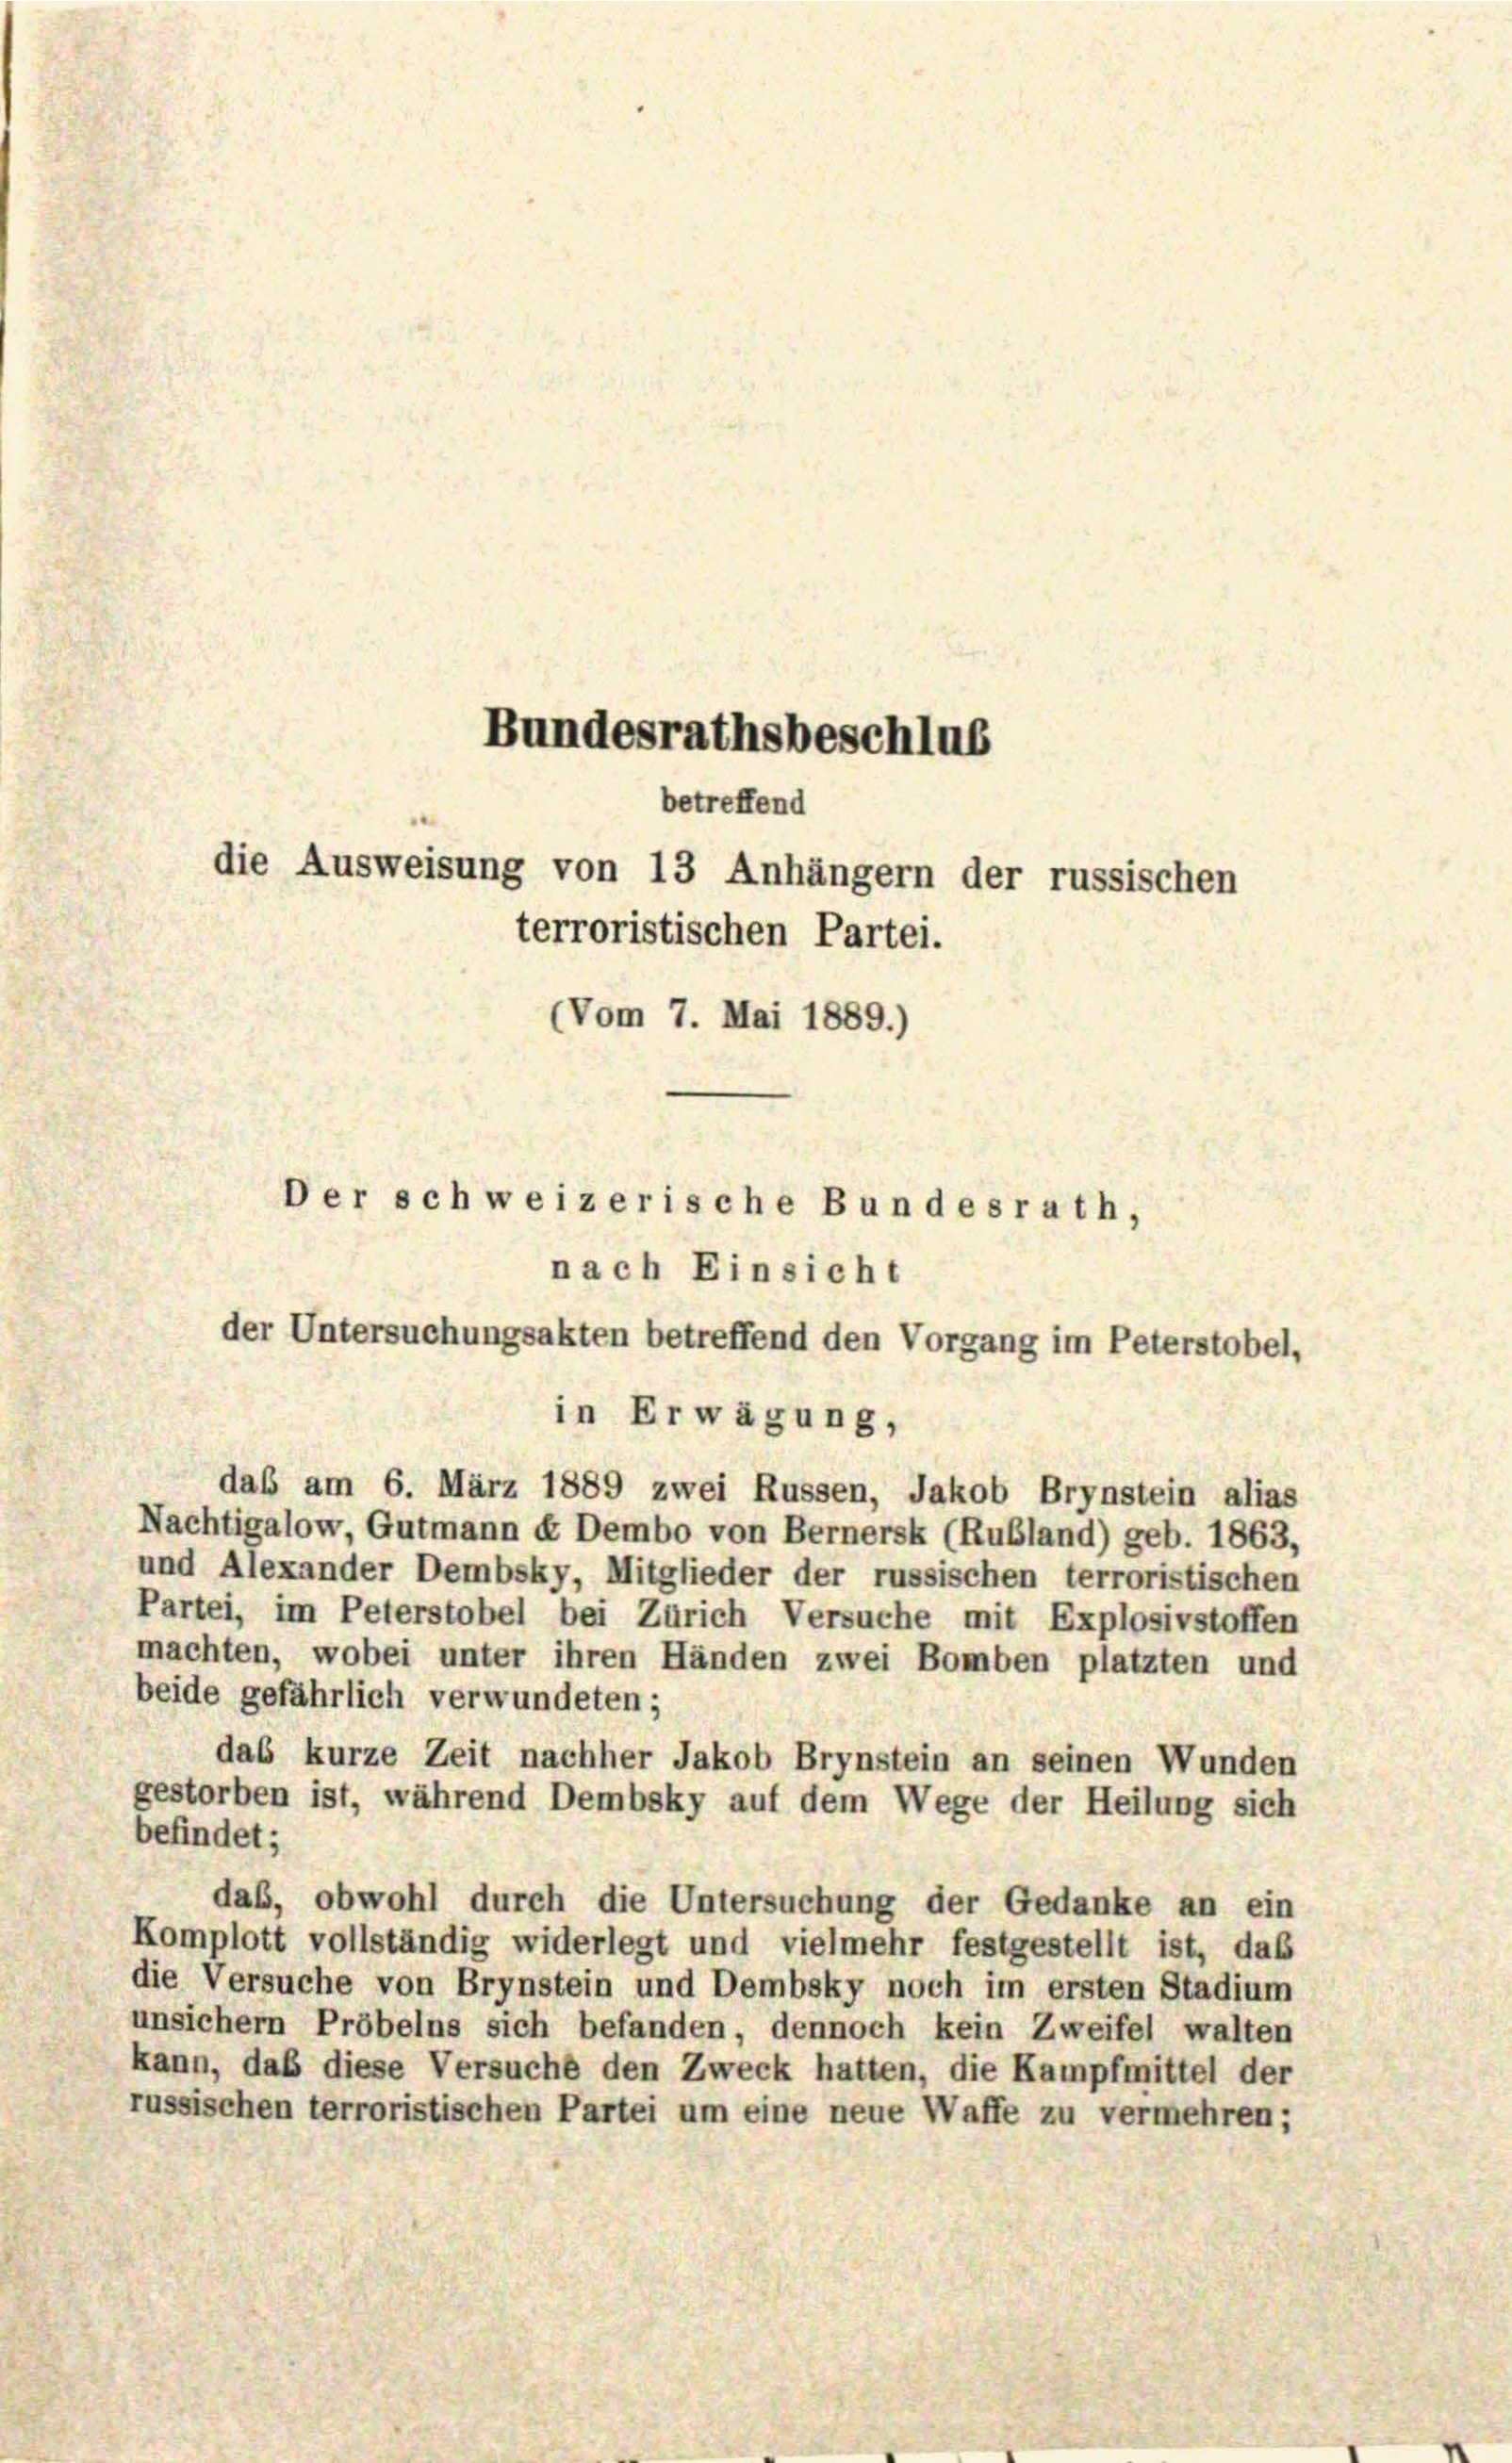
Bundesrathsbeschlus
betreffend
die Ausweisung von 13 Anhängern der russischen

terroristischen Partei.
(Vom 7. Mai 1889.)

Der schweizerische Bundesrath,

nach Einsicht
der Untersuchungsakten betreffend den Vorgang im Peterstobel,
in Erwägung,
das am 6. März 1889 zwei Russen, Jakob Brynstein alias
Nachtigalow, Gutmann et Dembo von Bernersk (Rubland) geb. 1863,
und Alexander Dembsky, Mitglieder der russischen terroristischen
Partei, im Peterstobel bei Zürich Versuche mit Explosivstoffen
machten, wobei unter ihren Händen zwei Bomben platzten und
beide gefährlich verwundeten;
das kurze Zeit nachher Jakob Brynstein an seinen Wunden
gestorben ist, während Dembsky auf dem Wege der Heilung sich
befindet;
das, obwohl durch die Untersuchung der Gedanke an ein
Komplott vollständig widerlegt und vielmehr festgestellt ist, das
die Versuche von Brynstein und Dembsky noch im ersten Stadium
unsichem Pröbelns sich befanden, dennoch kein Zweifel walten
kann, daß diese Versuche den Zweck hatten, die Kampfmittel der
russischen terroristischen Partei um eine neue Waffe zu vermehren;